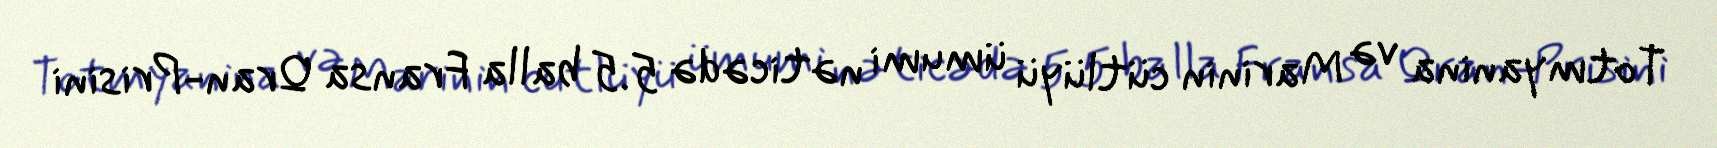
Totmyanina və Marinin cütlüyü ümumi nəticədə 5.5 balla Fransa Qran-Prisini